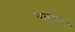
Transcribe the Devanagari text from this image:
वागल